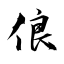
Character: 俍